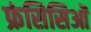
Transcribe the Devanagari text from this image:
फ्रंसिसिओं